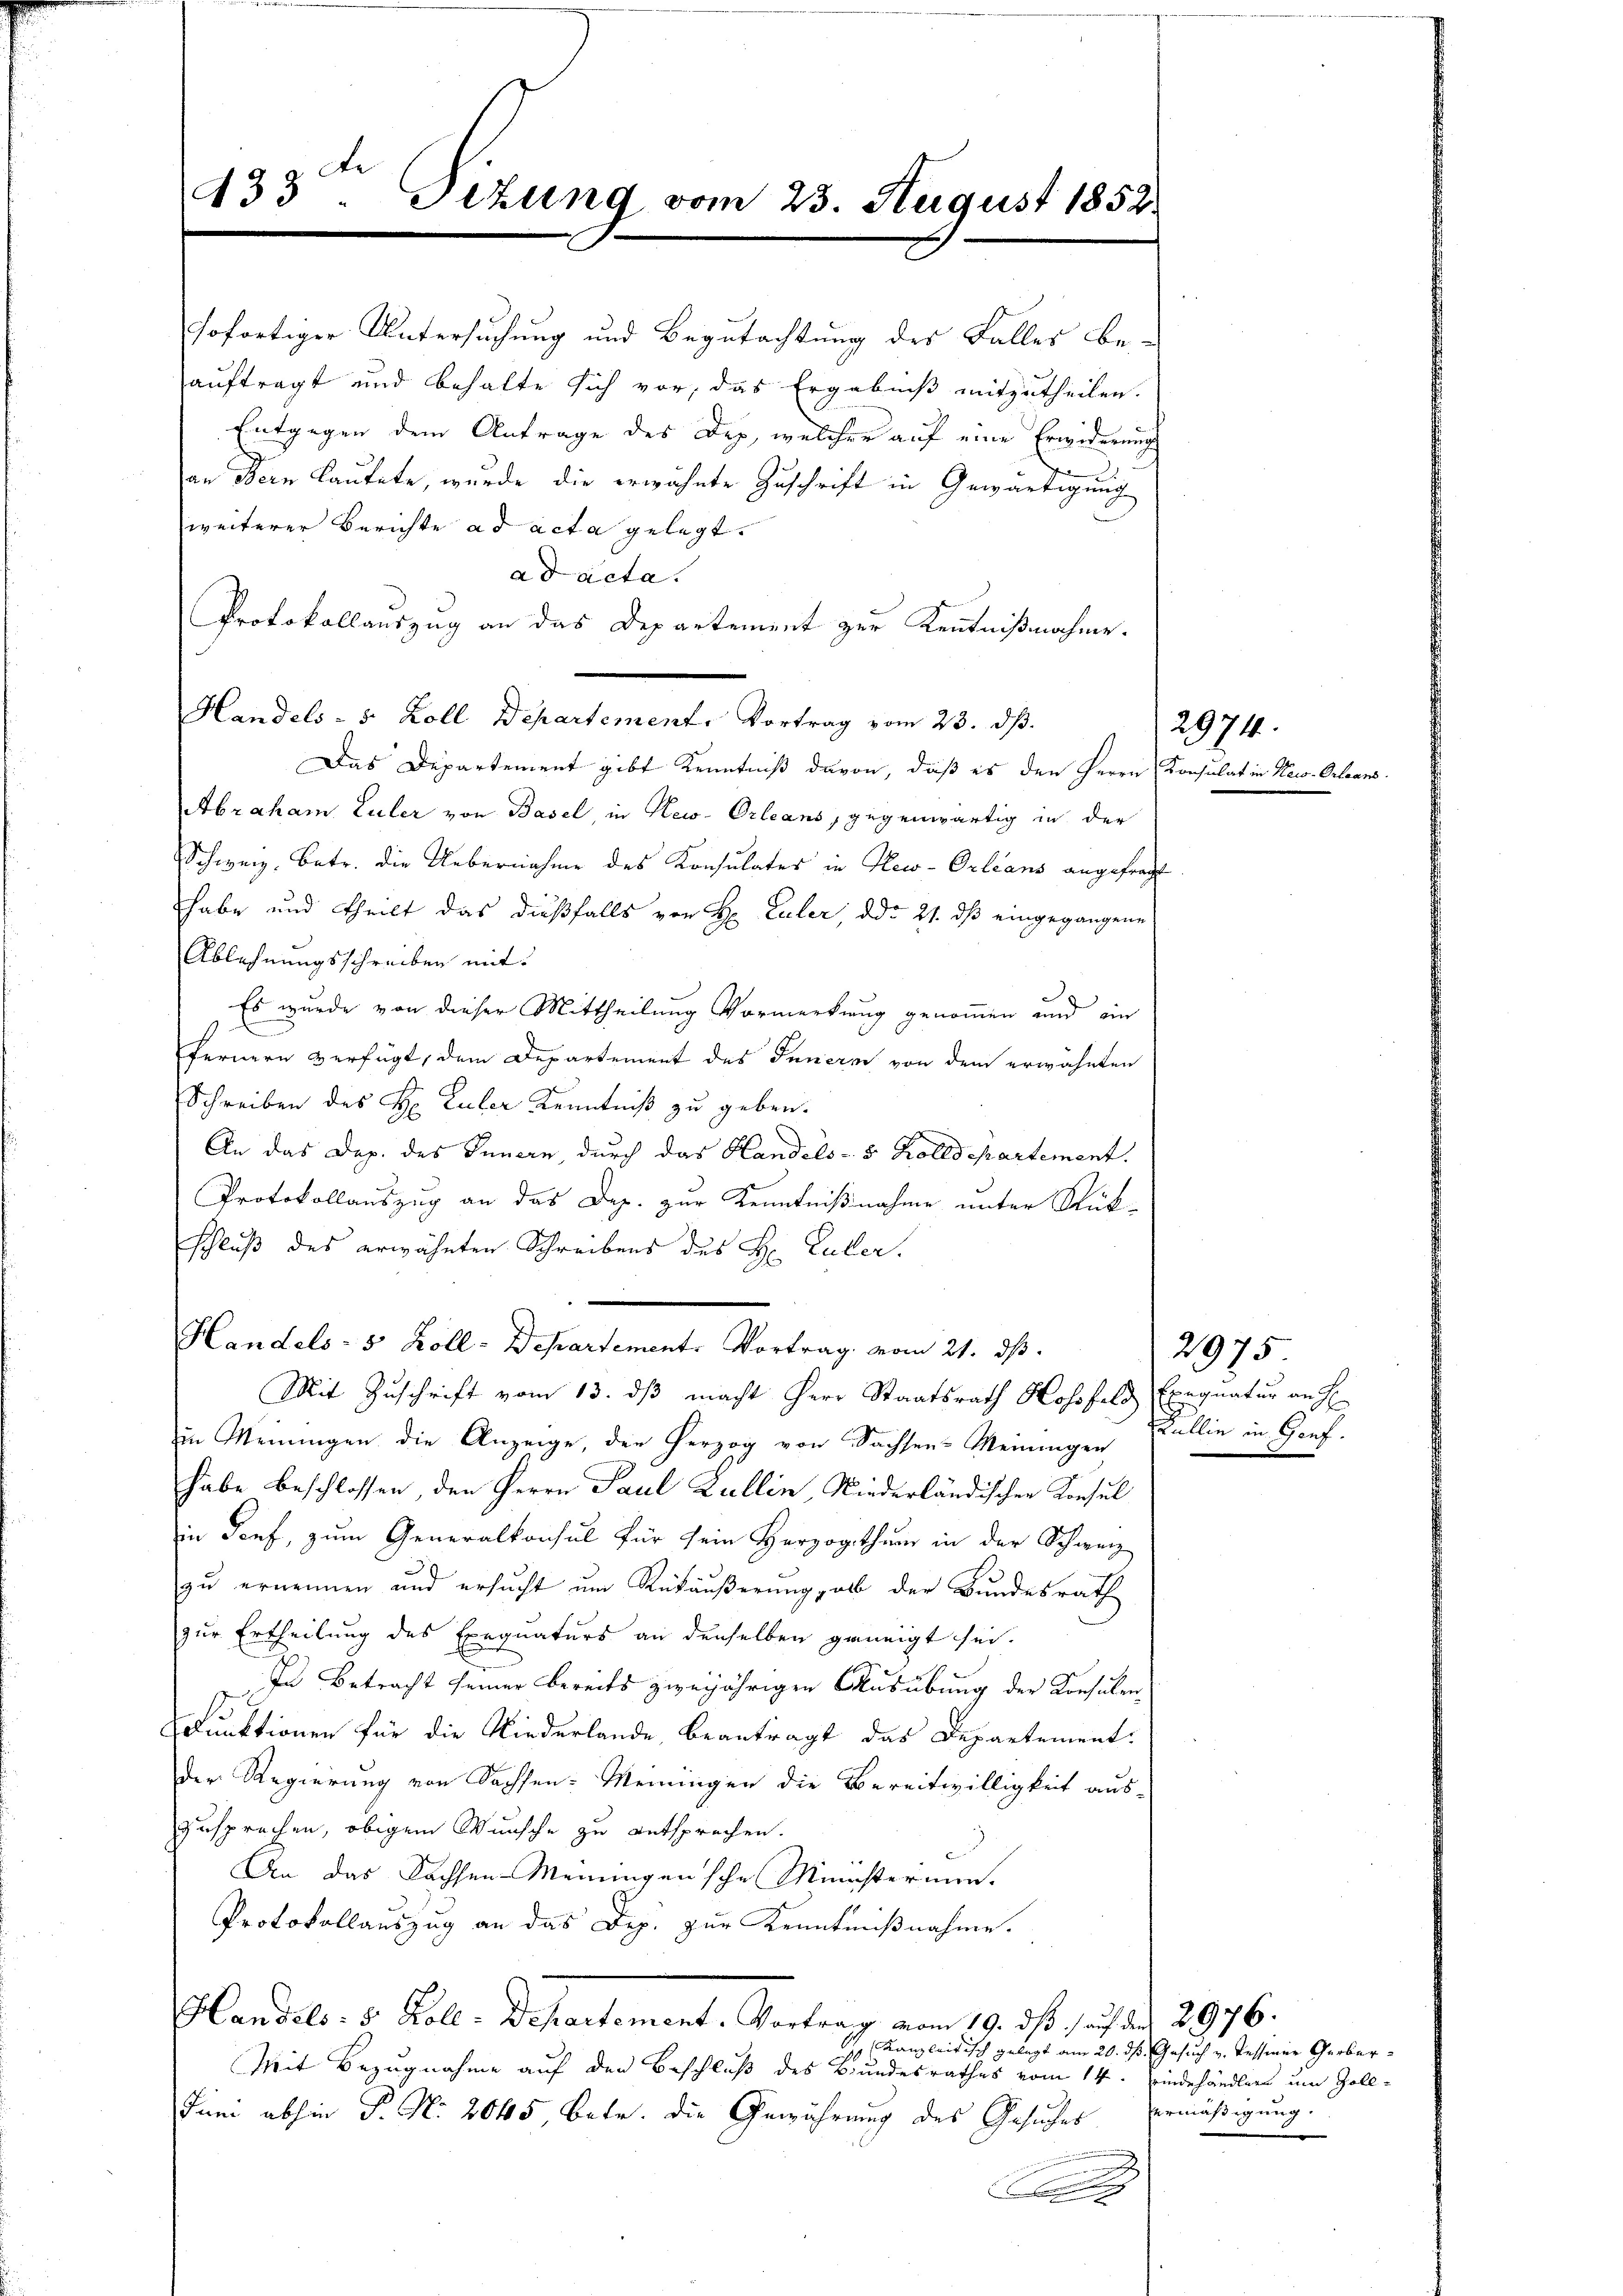
433. Sizung vom 23. August 1852.

sofortiger Untersuchung und Begutachtung des Falles beauftragt und behalte sich vor, das Ergebniß mitzutheilen.
Entgegen dem Antrage des Dep, welcher auf eine Erwiderung
e
an Bern lautete, wurde die erwähnte Zuschrift in Gewärtigung
weiterer Berichte ad acta gelegt.
ad acta.
Protokollauszug an das Departement zur Kenntnißnahme.
Handels - 5. Koll Departement. Vortrag vom 23. dβ.
Das Departement gibt Kenntniß davon, daß es den Herrn Konsulat in New-Orleans
Abraham Luler von Basel in New-Orleans, gegenwärtig in der
Schweiz, Betr. die Uebernahme des Konsulates in New-Orleans angefragt
habe und theilt das dießfalls von H. Euler, ddo 21. dß eingegangene
Ablehnungsschreiben mit
Es wurde von dieser Mittheilung Vormerkung genommen und ein
fernern verfügt, dem Departement des Innern von dem erwähnten
Schreiben des H: Luler Kenntniß zu geben.
An das Dep. des Innern, durch das Handels- 5 Zolldepartement.
Protokollauszug an das Dep. zur Kenntnißnahme unter Rükschluß des erwähnten Schreibens des H. Luber.
Handels- 5 Zoll-Departement. Vortrag vom 21. ds.
Mit Zuschrift vom 13. dβ macht Herr Staatsrath Hossfeld
in Meinungen die Anzeige, den Herzog von Sachsen-Meinungen Wallin in Gouf-
habe beschlossen, den Herrn Paul Zullin, Niederländischer Konsul
in Torf, zum Generalkonsul für sein Herzogthum in der Schweiz
zu ernennen und ersucht um Rückäußerung, als der Bundesrath
zur Ertheilung des Exequaturs an denselben geneigt sei.
In Betracht seiner bereits zweijährigen Ausübung der Konsulen
Funktionen für die Niederlande, beantragt das Departement.
der Regierung von Sachsen-Meiningen die Bereitwilligkeit aus-
zusprechen, obigem Wunsche zu entsprechen.
.
An das Sachsen Meiningen sche Ministerium.
Protokollauszug an das Dip. zur Kenntnißnahme.
Handels- & Koll: Departement. Vortrag vom 19. ds. auf den 2976.
Kanzleitisch gelegt am 20. ds Gesuch v. Tessiner Gerber¬
Mit Bezugnahme auf den Beschluß des Bundesrathes vom 14. Findehändler um Zoll¬
Juni abhin P. N. 2045 betr. die Gewährung des Gesuches ermäßigung.

2974.

Exequatur anh

2975